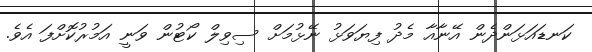
ކަނޑައަޅަންދެން އޭނާއާ މެދު ފިޔަވަޅު ނޭޅުމަށް ސިވިލް ކޯޓުން ވަނީ އަމުރުކޮށްފަ އެވެ.